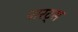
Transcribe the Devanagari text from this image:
पारट्स